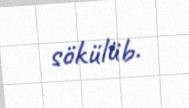
sökülüb.